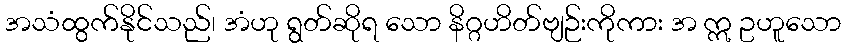
အသံထွက်နိုင်သည်၊ အံဟု ရွတ်ဆိုရ သော နိဂ္ဂဟိတ်ဗျဉ်းကိုကား အ ဣ ဥဟူသော